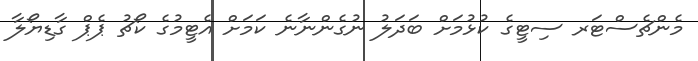
މެންޗެސްޓަރ ސިޓީގެ ކުޅުމަށް ބަދަލު ނުގެންނާނެ ކަމަށް އެޓީމުގެ ކޯޗު ޕެޕް ގާޑިޔޯލާ